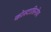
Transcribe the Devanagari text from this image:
कोस्टाडिनोव